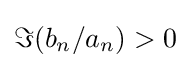
\Im (b_{n}/a_{n})>0